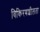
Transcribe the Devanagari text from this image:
विकिरणशीलता